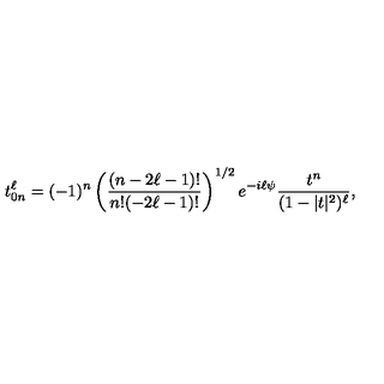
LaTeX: t _ { 0 n } ^ { \ell } = ( - 1 ) ^ { n } \left( \frac { ( n - 2 \ell - 1 ) ! } { n ! { ( - 2 \ell - 1 ) ! } } \right) ^ { 1 / 2 } e ^ { - i \ell \psi } \frac { t ^ { n } } { ( 1 - | t | ^ { 2 } ) ^ { \ell } } ,